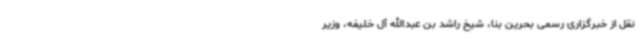
نقل از خبرگزاری رسمی بحرین بنا، شیخ راشد بن عبدالله آل خلیفه، وزیر